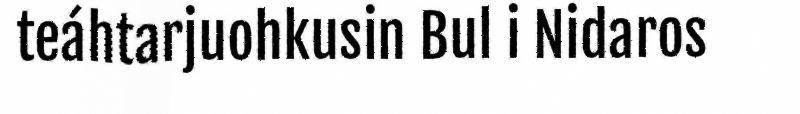
teáhtarjuohkusin Bul i Nidaros